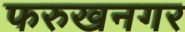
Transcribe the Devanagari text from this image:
फरुखनगर